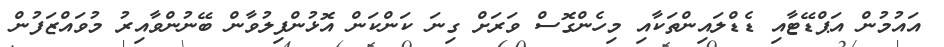
އައުމުން އަޕްޑޭޓާއި ޑެޑްލައިންތަކާއި މިހެންގޮސް ވަރަށް ގިނަ ކަންކަން އޮޅުންފިލުވާން ބޭނުންވާއިރު މުވައްޒަފުން